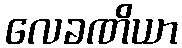
လေခဏိယာ